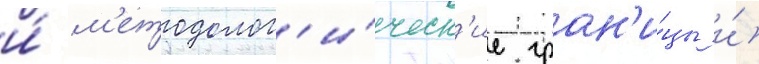
и́ м'етодолог'и́ческ'ие гран'и́цы и́